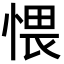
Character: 愄